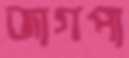
জাগপা